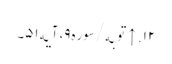
۱۲. ↑ توبه/سوره۹، آیه۵۱۔